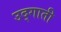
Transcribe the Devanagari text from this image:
उद्गाती